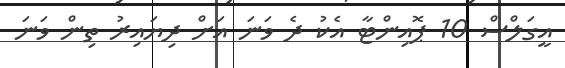
އީގަލްސް 10 ޕޮއިންޓާ އެކު ދެ ވަނަ އަށް ދިޔައިރު ތިން ވަނަ